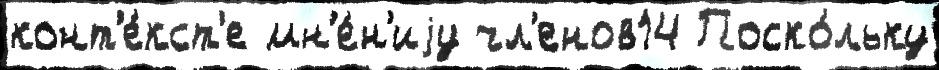
конт'е́кст'е мн'е́н'иjу чл'енов14 Поско́льку